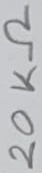
Text: 20KΩ